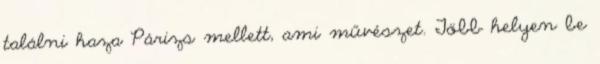
találni haza Párizs mellett, ami művészet. Több helyen be